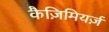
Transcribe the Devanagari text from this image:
कैज़िमियर्ज़